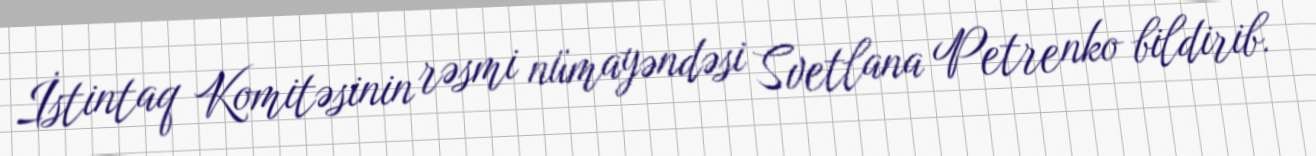
İstintaq Komitəsinin rəsmi nümayəndəsi Svetlana Petrenko bildirib.